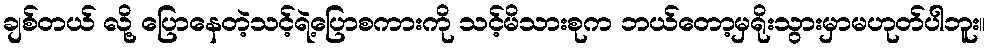
ချစ်တယ် လို့ ပြောနေတဲ့သင့်ရဲ့ပြောစကားကို သင့်မိသားစုက ဘယ်တော့မှရိုးသွားမှာမဟုတ်ပါဘူး။